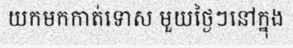
យកមកកាត់ទោស មួយថ្ងៃៗនៅក្នុង